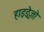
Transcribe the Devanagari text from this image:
हाइड्रेज़ो